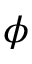
\phi